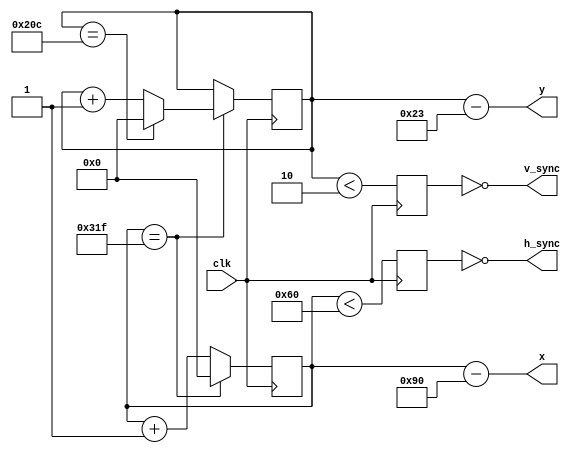
`timescale 1ns / 1ps
//////////////////////////////////////////////////////////////////////////////////
// Company: 
// Engineer: 
// 
// Design Name: 
// Module Name:    vga_sync 
// Project Name: 
// Target Devices: 
// Tool versions: 
// Description: 
//
// Dependencies: 
//
// Revision: 
// Revision 0.01 - File Created
// Additional Comments: 
//
//////////////////////////////////////////////////////////////////////////////////
module vga_sync(
	clk,
	h_sync, 
	v_sync,
	x, 
	y
);

//=============Input Ports=============================
	input   	clk;

//=============Output Ports===========================
	output 	h_sync;
	output	v_sync;
	output	[9:0] x;
	output	[9:0] y;

//=============Input ports Data Type===================
	wire	clk;	// Seal de reloj

//=============Output Ports Data Type==================
	wire	h_sync;	// Seal de sincronizacin horizontal
	wire	v_sync;	// Seal de sincronizacin vertical
	wire	[9:0] x;	//	Posicin en X de un pixel
	wire	[9:0] y;	// Posicin en Y de un pixel

//=============Internal Constants======================
	localparam H_PW   = 10'd96;  	// pulse width
	localparam H_BP   = 10'd48; 	// back porch
	localparam H_DISP = 10'd640;	// display
	localparam H_FP   = 10'd16;  	// front porch 
	localparam H_S    = H_PW + H_BP + H_DISP + H_FP; // sync pulse

	localparam V_PW   = 10'd2;  	// pulse width 
	localparam V_BP   = 10'd33; 	// back porch 
	localparam V_DISP = 10'd480; 	// display
	localparam V_FP   = 10'd10;  	// front porch
	localparam V_S    = V_PW + V_BP + V_DISP + V_FP; //sync pulse

//=============Internal Variables======================
	reg	[9:0] cont_x; 
	reg	[9:0] cont_y;
   reg	in_hs; 
	reg	in_vs;

//==========Code startes Here==========================


	wire cont_x_max = (cont_x == H_S - 1);  	// Mximo dado por el pulso de sincronizacin - 1
	wire cont_y_max = (cont_y == V_S - 1);   	// contador y maximo es cuando el contador x es igual  al pulso de sincronizacion - 1
    
	// Incializar contadores en 0
	initial begin
		cont_x <= 0;
		cont_y <= 0;
	end
	
	//Esto de aqui se encarga de realizar el divisor de frecuencia
 // reg[1:0] count;
 // always@(posedge clk) count <= count + 1;
 // wire en4 = (count[1:0] == 2'b11);
  //wire clk_s;
  
  // instantiate vga sync circuit
   //clk_25M clk_25_unit(clk, clk_s);
	
	//Barrido de la pantalla, se aumenta el contador en X en cada ciclo y el contador Y cada vez que se acaba una fila en X.
	always @(posedge clk) begin
		if (cont_x_max) 
		begin
		    cont_x <= 0;
		    cont_y <= cont_y + 1'b1;
		    if (cont_y_max)
		        cont_y <= 0;
		end
      else
          cont_x <= cont_x + 1'b1;
	end
	
	// Se verifica si es seal de sincronizacin
	always @(posedge clk) begin
		in_hs = (cont_x < H_PW);     // si cont_x es menor que retraso horizontal es true 
		in_vs = (cont_y < V_PW);     // si cont_y es menor que retraso vertical es true
	end 

	// Se asigna el resultado negado de la verificacin a las seales de salida
	assign h_sync = ~in_hs;         
	assign v_sync = ~in_vs;

	// Colocar el pixel actual en las salidas
	assign x = cont_x - (H_PW + H_BP);  
	assign y = cont_y - (V_PW + V_BP); 

endmodule